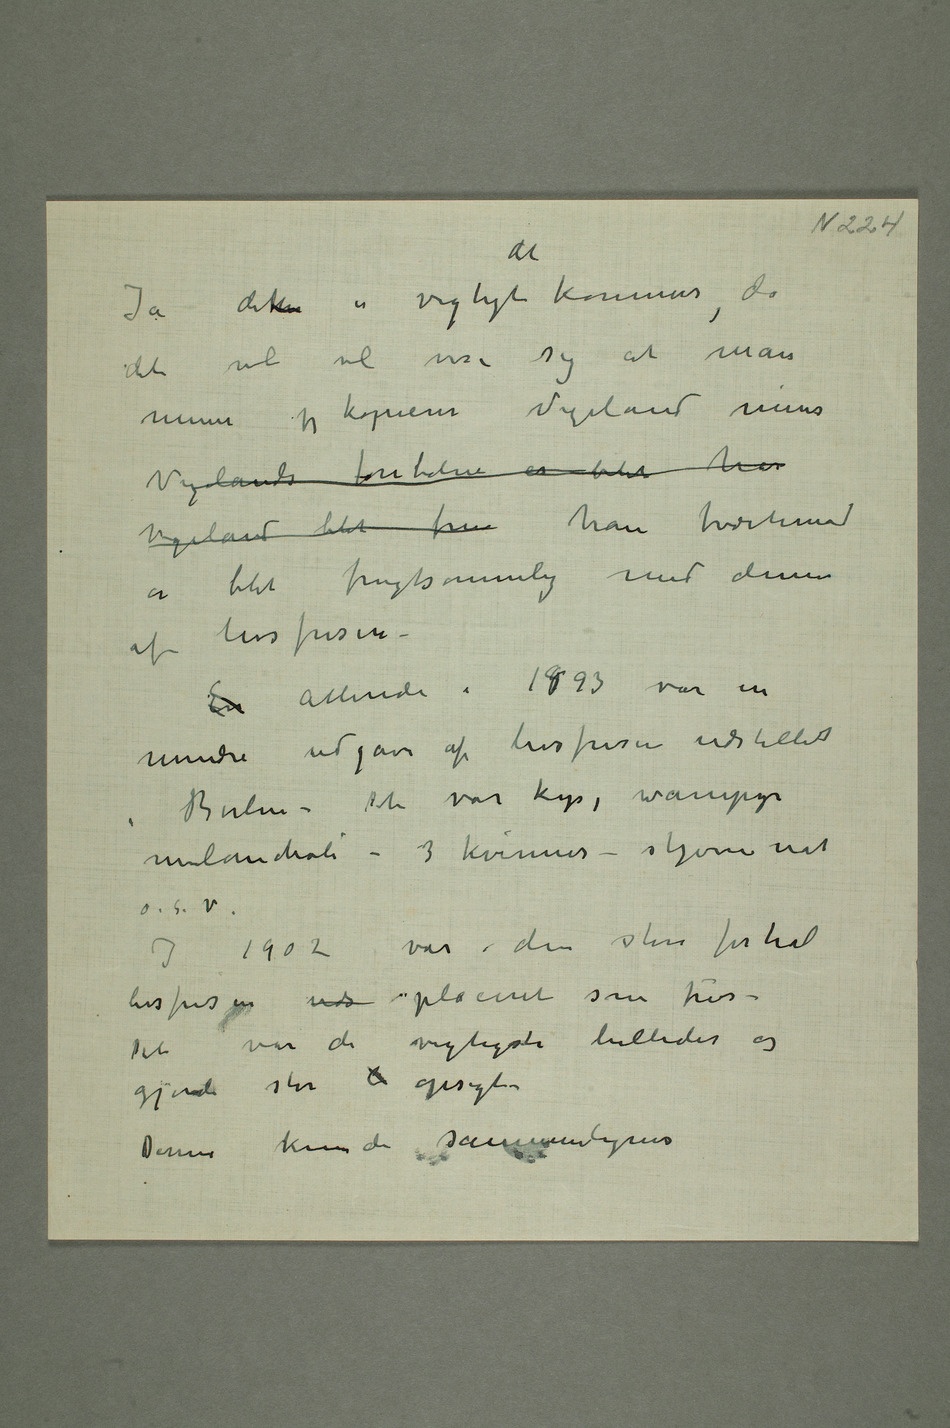
Ja dette er vigtigt det kommer, da
det vel vil vise sig at man
mener jeg kopierer Vigeland mens
Vigelands fontæne er blit har
Vigeland blit fru han tvertimod
er blit frugtsommelig med denne
af livsfrisen.
En Allerede i 1893 var en
mindre udgave af livsfrisen udstillet i
Berlin – Det var kys, wampyr
melancholi – 3 kvinner – stjernenat
I 1902 var i den store forhal
livsfrisen uds placeret som fris –
Det var de vigtigste billeder og
gjorde stor  opsigt
– Denne kunde sammenlignes